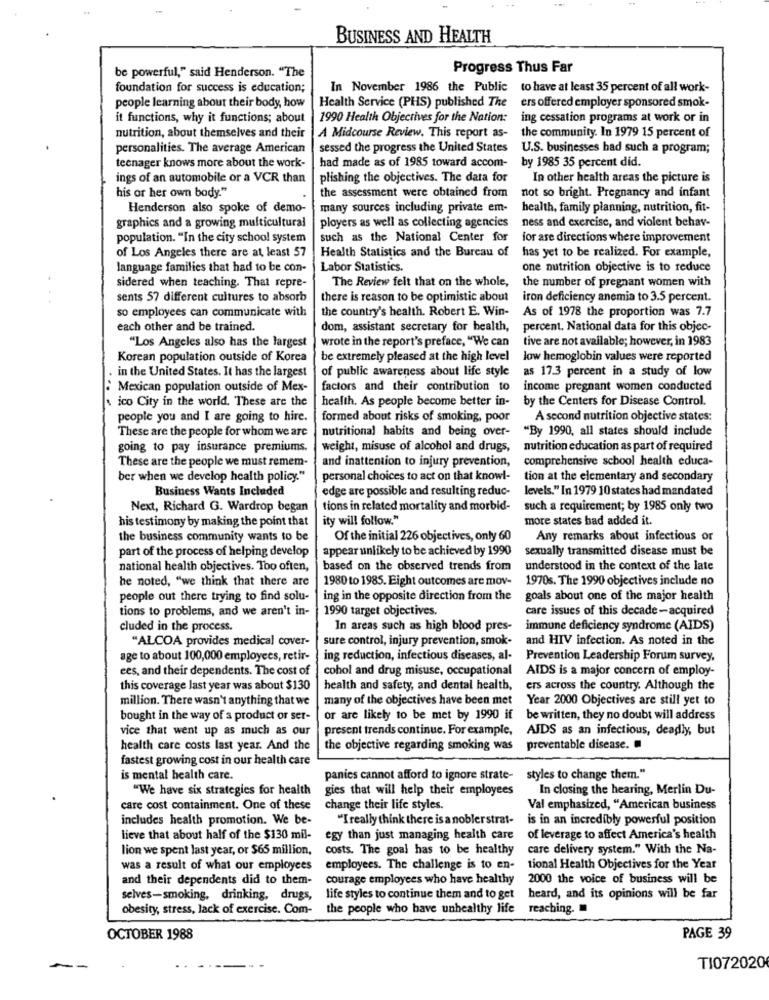
BUSINESS AND HEALTH
be powerful," said Henderson. "The
Progress Thus Far
foundation for success is education;
In November 1986 the Public to have at least 35 percent of all work-
Health Service (PHS) published The
ers offered employer sponsored smok-
people learning about their body, how
it functions, why it functions; about
1990 Health Objectives for the Nation:
ing cessation programs at work or in
nutrition, about themselves and their
A Midcourse Review. This report as-
the community. In 1979 15 percent of
personalities. The average American
sessed the progress the United States
U.S. businesses had such a program;
teenager knows more about the work-
had made as of 1985 toward accom-
by 1985 35 percent did.
ings of an automobile or a VCR than
plishing the objectives. The data for
In other health areas the picture is
his or her own body."
the assessment were obtained from
not so bright. Pregnancy and infant
Henderson also spoke of demo-
many sources including private em-
health, family planning, nutrition, fit-
graphics and a growing multicultural
ployers as well as collecting agencies
ness and exercise, and violent behav-
population. "In the city school system
such as the National Center for
for are directions where improvement
of Los Angeles there are at least 57
Health Statistics and the Bureau of
has yet to be realized. For example,
language families that had to be con-
Labor Statistics.
one nutrition objective is to reduce
the number of pregnant women with
sidered when teaching. That repre-
The Review felt that on the whole,
sents 57 different cultures to absorb
there is reason to be optimistic about iron deficiency anemia to 3.5 percent.
so employees can communicate with
the country's health. Robert E. Win-
As of 1978 the proportion was 7.7
each other and be trained.
dom, assistant secretary for health,
percent. National data for this objec-
"Los Angeles also has the largest
wrote in the report's preface, "We can
tive are not available; however, in 1983
Korean population outside of Korea
be extremely pleased at the high level low hemoglobin values were reported
in the United States. It has the largest
of public awareness about life style as 17.3 percent in a study of low
Mexican population outside of Mex-
factors and their contribution to
income pregnant women conducted
ico City in the world. These are the
health. As people become better in-
by the Centers for Disease Control.
people you and I are going to hire.
formed about risks of smoking, poor
A second nutrition objective states:
These are the people for whom we are
nutritional habits and being over-
"By 1990, all states should include
going to pay insurance premiums.
weight, misuse of alcohol and drugs,
nutrition education as part of required
These are the people we must remem-
and inattention to injury prevention,
comprehensive school health educa-
ber when we develop health policy."
personal choices to act on that knowl-
tion at the elementary and secondary
Business Wants Included
edge are possible and resulting reduc-
levels." In 1979 10 states had mandated
Next, Richard G. Wardrop began
tions in related mortality and morbid-
such a requirement; by 1985 only two
his testimony by making the point that
ity will follow."
more states had added it.
the business community wants to be
Of the initial 226 objectives, only 60
Any remarks about infectious or
part of the process of helping develop
appear unlikely to be achieved by 1990
sexually transmitted disease must be
national health objectives. Too often,
based on the observed trends from
understood in the context of the late
he noted, "we think that there are
1980 to 1985. Eight outcomes are mov-
1970s. The 1990 objectives include no
people out there trying to find solu-
ing in the opposite direction from the
goals about one of the major health
tions to problems, and we aren't in-
1990 target objectives.
care issues of this decade-acquired
cluded in the process.
In areas such as high blood pres-
immune deficiency syndrome (AIDS)
"ALCOA provides medical cover-
sure control, injury prevention, smok-
and HIV infection. As noted in the
age to about 100,000 employees, retir-
ing reduction, infectious diseases, al-
Prevention Leadership Forum survey,
ees, and their dependents. The cost of
cohol and drug misuse, occupational
AIDS is a major concern of employ-
this coverage last year was about $130
health and safety, and dental health,
ers across the country. Although the
million. There wasn't anything that we
many of the objectives have been met Year 2000 Objectives are still yet to
bought in the way of a product or ser-
or are likely to be met by 1990 if
be written, they no doubt will address
vice that went up as much as our
present trends continue. For example,
AIDS as an infectious, deadly, but
health care costs last year. And the
the objective regarding smoking was
preventable disease.
fastest growing cost in our health care
is mental health care.
panics cannot afford to ignore strate- styles to change them."
"We have six strategies for health
gies that will help their employees
In closing the hearing, Merlin Du-
care cost containment. One of these
change their life styles.
Val emphasized, "American business
includes health promotion. We be-
"I really think there is a noblerstrat-
is in an incredibly powerful position
lieve that about half of the $130 mil-
egy than just managing health care
of leverage to affect America's health
lion we spent last year, or $65 million,
costs. The goal has to be healthy
care delivery system." With the Na-
was a result of what our employees
employees. The challenge is to en-
tional Health Objectives for the Year
and their dependents did to them-
courage employees who have healthy
2000 the voice of business will be
selves-smoking, drinking, drugs,
life styles to continue them and to get
heard, and its opinions will be far
obesity, stress, lack of exercise. Com-
the people who have unhealthy life
reaching.
OCTOBER 1988
PAGE 39
TI072020